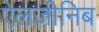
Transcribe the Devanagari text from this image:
ऐलजीनिब